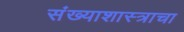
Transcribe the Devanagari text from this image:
संख्याशास्त्राचा